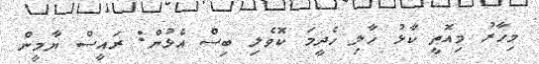
މިހާރު މިއޮތީ ކާޅު ހާލި ހެދީމަ ކޮވެލި ބިސް އެޅުން: ރައީސް ޔާމީން